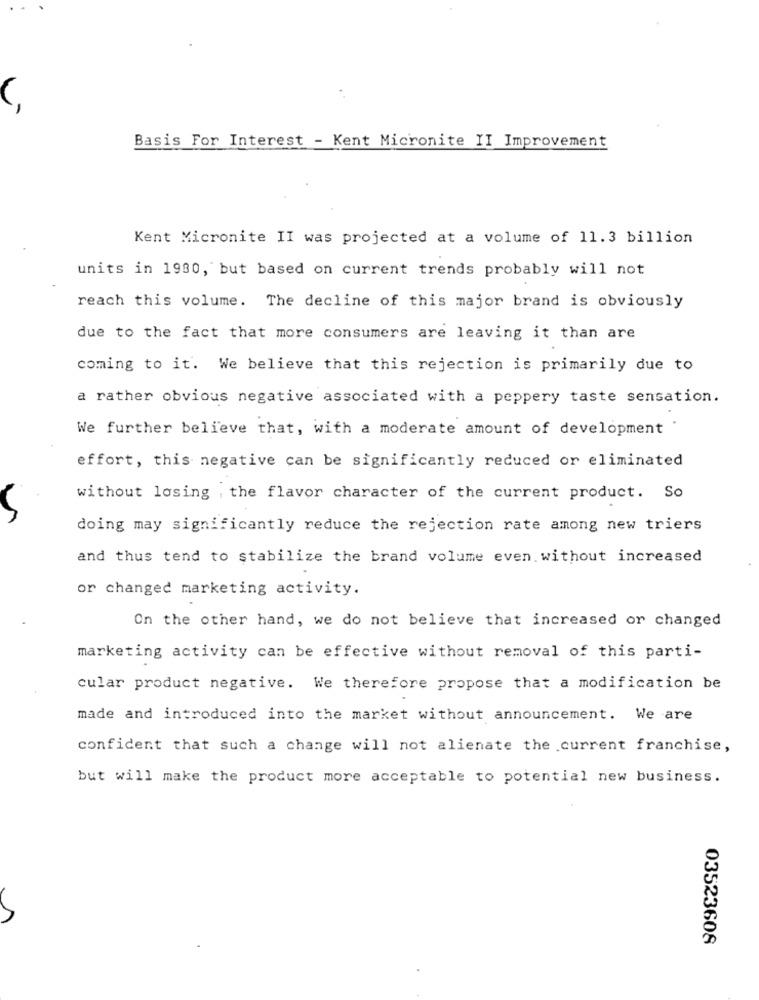
Basis For Interest - Kent Micronite II Improvement
Kent Micronite II was projected at a volume of 11.3 billion
units in 1980, but based on current trends probably will not
reach this volume. The decline of this major brand is obviously
due to the fact that more consumers are leaving it than are
coming to it. We believe that this rejection is primarily due to
a rather obvious negative associated with a peppery taste sensation.
We further believe that, with a moderate amount of development
effort, this negative can be significantly reduced or eliminated
without losing , the flavor character of the current product. So
doing may significantly reduce the rejection rate among new triers
and thus tend to stabilize the brand volume even without increased
or changed marketing activity.
On the other hand, we do not believe that increased or changed
marketing activity can be effective without removal of this parti-
cular product negative. We therefore propose that a modification be
made and introduced into the market without announcement. We are
confident that such a change will not alienate the current franchise,
but will make the product more acceptable to potential new business.
03523608